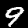
Digit: 9